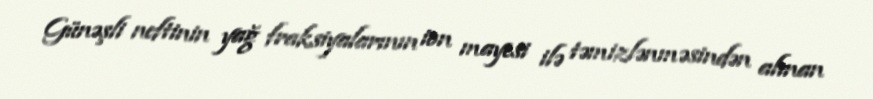
Günəşli neftinin yağ fraksiyalarının ion mayesi ilə təmizlənməsindən alınan